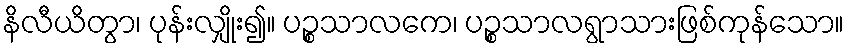
နိလီယိတွာ၊ ပုန်းလျှိုး၍။ ပဉ္စသာလကေ၊ ပဉ္စသာလရွာသားဖြစ်ကုန်သော။